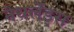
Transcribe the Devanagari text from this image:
नेधर्लेंड्स